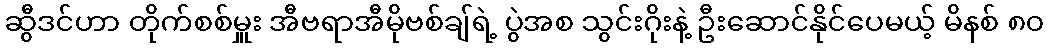
ဆွီဒင်ဟာ တိုက်စစ်မှူး အီဗရာအီမိုဗစ်ချ်ရဲ့ ပွဲအစ သွင်းဂိုးနဲ့ ဦးဆောင်နိုင်ပေမယ့် မိနစ် ၈၀